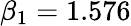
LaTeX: \beta_{1}=1.576